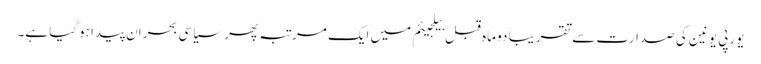
یورپی یونین کی صدارت سے تقریباً دو ماہ قبل بیلجیئم میں ایک مرتبہ پھر سیاسی بحران پیدا ہوگیا ہے۔